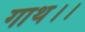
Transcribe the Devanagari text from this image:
गाथ।।